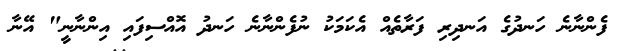
ފެންނާނެ ހަނދުގެ އަނދިރި ފަރާތެއް އެކަމަކު ނުފެންނާނެ ހަނދު އޮއްސިފައި އިންނާނީ" އޭނާ